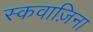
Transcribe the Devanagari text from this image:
स्कवाज़िना